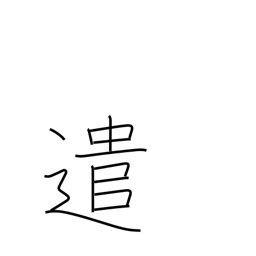
Meaning: undertake